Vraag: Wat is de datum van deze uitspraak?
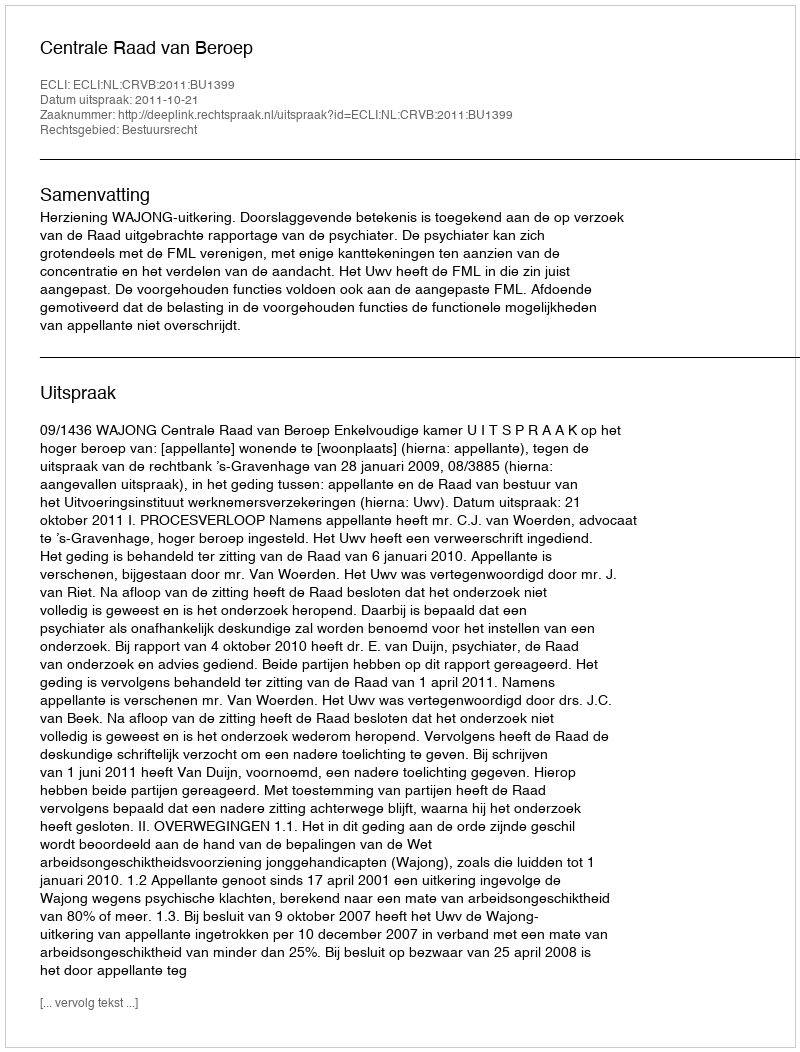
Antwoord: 2011-10-21